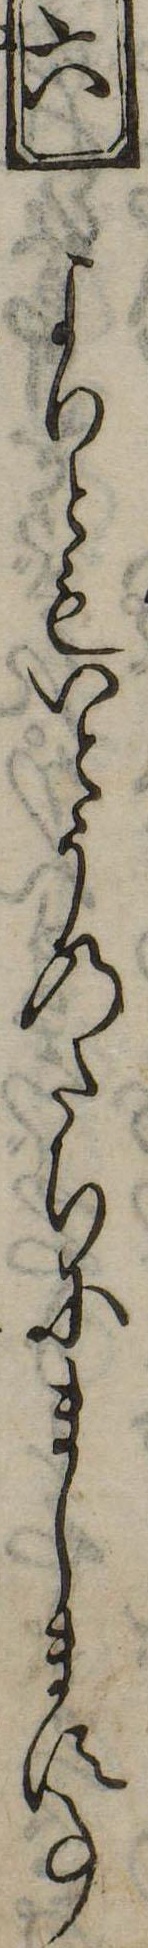
六よりともいとうのたちにまします事